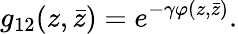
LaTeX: g_{12}(z,\bar{z})=e^{-\gamma\varphi(z,\bar{z})}.